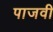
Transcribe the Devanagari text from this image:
पाजवी